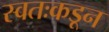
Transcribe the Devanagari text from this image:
स्वतःकडून